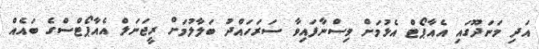
އަދި މަނަދޫގައި އެއާޕޯޓް އެޅުމަށް ވިސްނާފައިވާ ސަރަހައްދު ބަލާލުމަށް ރީޖަނަލް އެއާޕޯޓްސްގެ ބައެއް